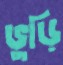
ভুড়ি